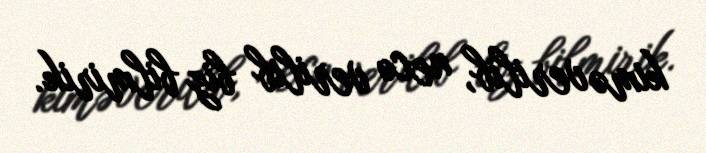
kimə verilib, necə verilib biz bilmirik.